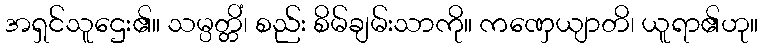
အရှင်သူဌေး၏။ သမ္ပတ္တိံ၊ စည်း စိမ်ချမ်းသာကို။ ကဏှေယျာတိ၊ ယူရာ၏ဟု။